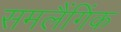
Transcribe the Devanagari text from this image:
समलैंगिंक